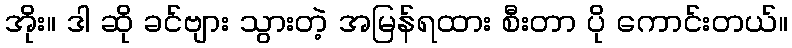
အိုး။ ဒါ ဆို ခင်ဗျား သွားတဲ့ အမြန်ရထား စီးတာ ပို ကောင်းတယ်။